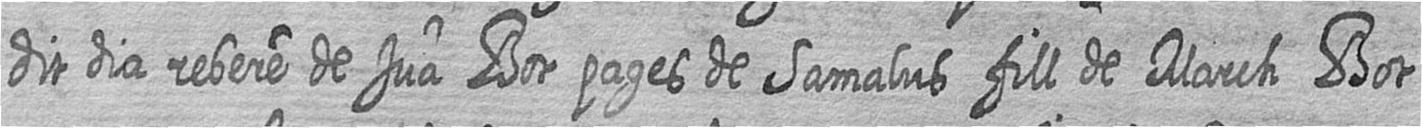
dit dia rebere de Jua Bot pages de Samalus fill de March Bot